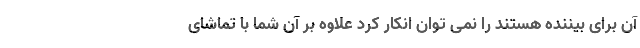
آن برای بیننده هستند را نمی توان انکار کرد علاوه بر آن شما با تماشای